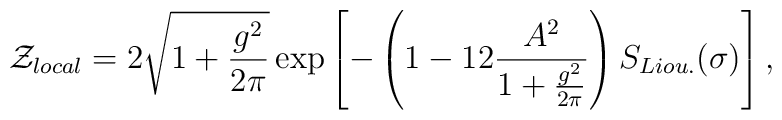
{\cal Z}_{local}=2\sqrt{1+{g^2\over 2\pi}}\exp\left[-\left(1-{12}{A^2\over 1+{g^2\over 2\pi}}\right)S_{Liou.}(\sigma)\right],